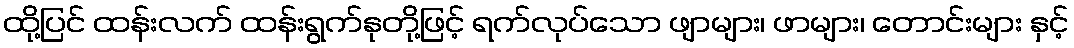
ထို့ပြင် ထန်းလက် ထန်းရွက်နုတို့ဖြင့် ရက်လုပ်သော ဖျာများ၊ ဖာများ၊ တောင်းများ နှင့်